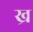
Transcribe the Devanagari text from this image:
ख्र